Vaccination United Provinces of Agra and Oudh 1923-1928 - 1923-1928
Year: 1923
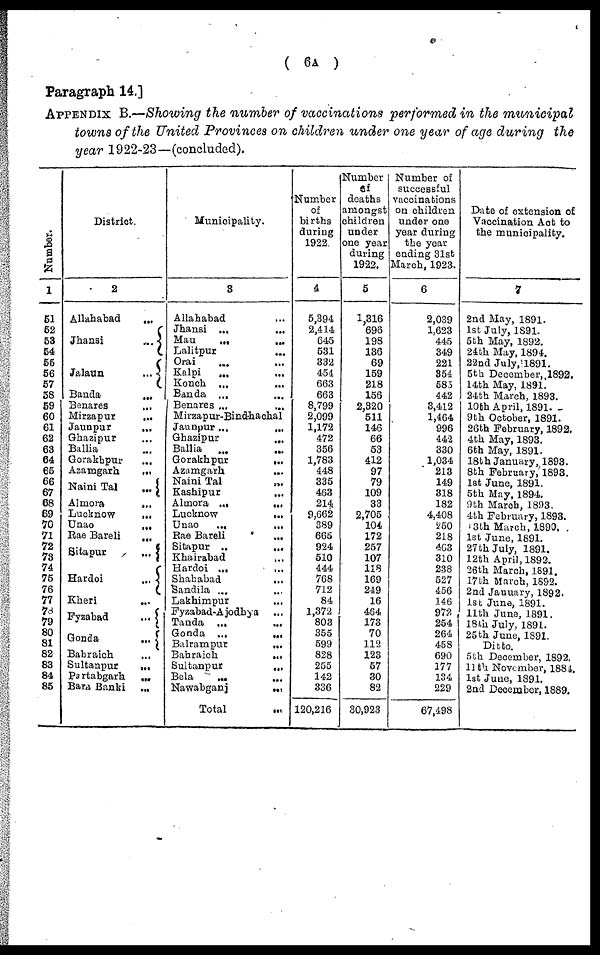
( 6A )
Paragraph 14.]
APPENDIX B.—Showing the number of vaccinations performed in the municipal
towns of the United Provinces on children under one year of age during the
year 1922-23—(concluded).
Number.
1
51
52
53
54
55
56
57
58
59
60
61
62
63
64
65
66
67
68
69
70
71
72
73
74
75
76
77
78
79
80
81
82
83
84
85
District.
2
Allahabad
...
Jhansi
...
Jalaun
...
Banda
...
Benares ...
Mirzapur ...
Jaunpur
...
Ghazipur ...
Ballia ...
Gorakhpur ...
Azamgarh
...
Naini Tal
...
Almora
...
Lucknow
...
Unao
...
Rae Bareli
...
Sitapur
...
Hardoi
...
Kheri
...
Fyzabad
...
Gonda
...
Babraich ...
Sultanpur
...
Partabgarh
...
Bara Banki
...
Municipality.
3
Allahabad ...
Jhansi
...
...
Mau
...
...
Lalitpur ...
Orai ... ...
Kalpi
...
Konch
...
...
Banda
...
...
Benares ... ...
Mirzapur-Bindhachal
Jaunpur
...
...
Ghazipur
...
Ballia
...
...
Gorakhpur
...
Azamgarh ...
Naini Tal
...
Kashipur ...
Almora
...
...
Lucknow
...
Unao
...
...
Rae Bareli
...
Sitapur
...
...
Khairabad ...
Hardoi ... ...
Shahabad
...
Sandila ... ...
Lakhimpur ...
Fyzabad-Ajodhya ...
Tanda
...
...
Gonda
...
...
Balrampur
...
Bahraich
...
Sultanpur
...
Bela ...
Nawabganj
...
Total
...
Number
of
births
during
1922.
4
5,394
2,414
645
531
332
454
663
663
8,799
2,099
1,172
472
356
1,783
448
335
463
214
9,662
389
665
924
510
444
768
712
84
1,372
803
355
599
828
255
142
336
120,216
Number
of
deaths
amongst
children
under
one year
during
1922.
5
1,316
696
198
136
69
159
218
156
2,320
511
146
66
53
412
97
79
109
33
2,705
104
172
257
107
118
169
249
16
464
173
70
112
123
57
30
82
30,923
Number of
successful
vaccinations
on children
under one
year during
the year
ending 31st
March, 1923.
6
2,039
1,623
445
349
221
354
585
442
3,412
1,464
996
442
330
1,034
213
149
318
182
4,408
250
218
463
310
238
527
456
146
972
254
264
458
690
177
134
229
67,498
Date of extension of
Vaccination Act to
the municipality.
7
2nd May, 1891.
1st July, 1891.
5th May, 1892.
24th May, 1894.
22nd July, 1891.
5th December, 1892.
14th May, 1891.
24th March, 1893.
10th April, 1891.
9 th October, 1891.
26th February, 1892.
4th May, 1893.
6th May, 1891.
18th January, 1893.
8th February,1893.
1st June, 1891.
5th May, 1894.
9th March, 1893.
4th February, 1893.
13th March, 1890.
1st June, 1891.
27 th July, 1891.
12th April, 1892.
26th March, 1891.
17th March, 1892.
2nd January, 1892.
1st June, 1891.
11th June, 1891.
18th July, 1891.
25th June, 1891.
Ditto.
5th December, 1892.
11th November, 1884.
1st June, 1891.
2nd December, 1889.